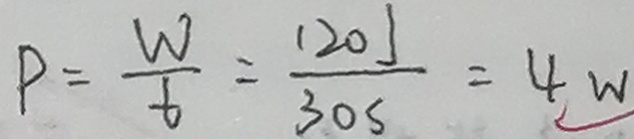
P = \frac { W } { 6 } = \frac { 1 2 0 J } { 3 0 s } = 4 w